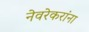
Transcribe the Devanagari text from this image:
नेवरेकरांना